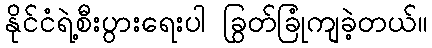
နိုင်ငံရဲ့စီးပွားရေးပါ ခြွတ်ခြုံကျခဲ့တယ်။